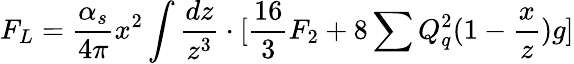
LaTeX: F_{L}=\frac{\alpha_{s}}{4\pi}x^{2}\int\frac{dz}{z^{3}}\cdot[\frac{16}{3}F_{2}+8\sum Q_{q}^{2}(1-\frac{x}{z})g]